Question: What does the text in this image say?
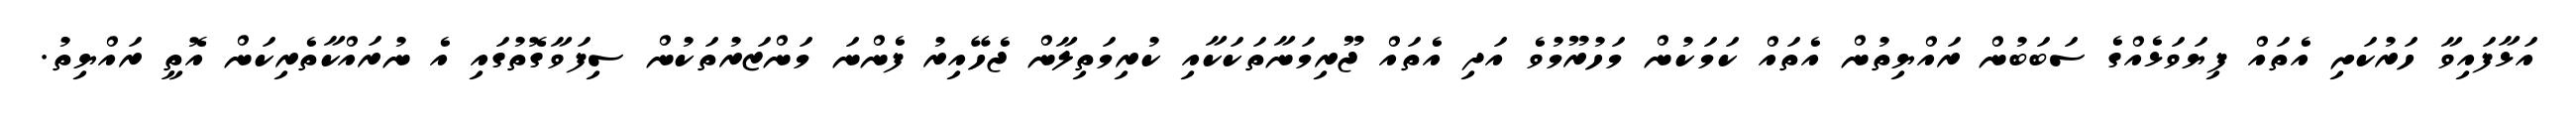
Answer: އަޅާފައިވާ ހަރުކަށި އެތައް ފިޔަވަޅެއްގެ ސަބަބުން ރައްޔިތުން އެތައް ކަމަކުން މަހުރޫމުވެ އަދި އެތައް ޖޫރިމަނާތަކަކާއި ކުރިމަތިލާން ޖެހޭއިރު ފެންނަ މަންޒަރުތަކުން ސިފަވާގޮތުގައި އެ ނުރައްކާތެރިކަން އޮތީ ރައްޔިތު.